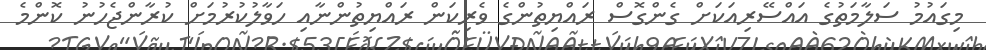
މިގައުމު ސަލާމަތުގެ އައްސޭރިއަކަށް ގެންގޮސް ރައްޔިތުންގެ ވެރިކަން ރައްޔިތުންނާއި ހަވާލުކުރުމަށް ކުރާންޖެހުނު ކޮންމެ